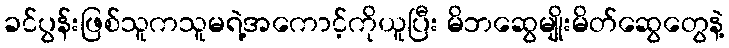
ခင်ပွန်းဖြစ်သူကသူမရဲ့အကောင့်ကိုယူပြီး မိဘဆွေမျိုးမိတ်ဆွေတွေနဲ့